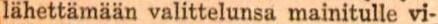
lähettämään valittelunsa mainitulle vi-